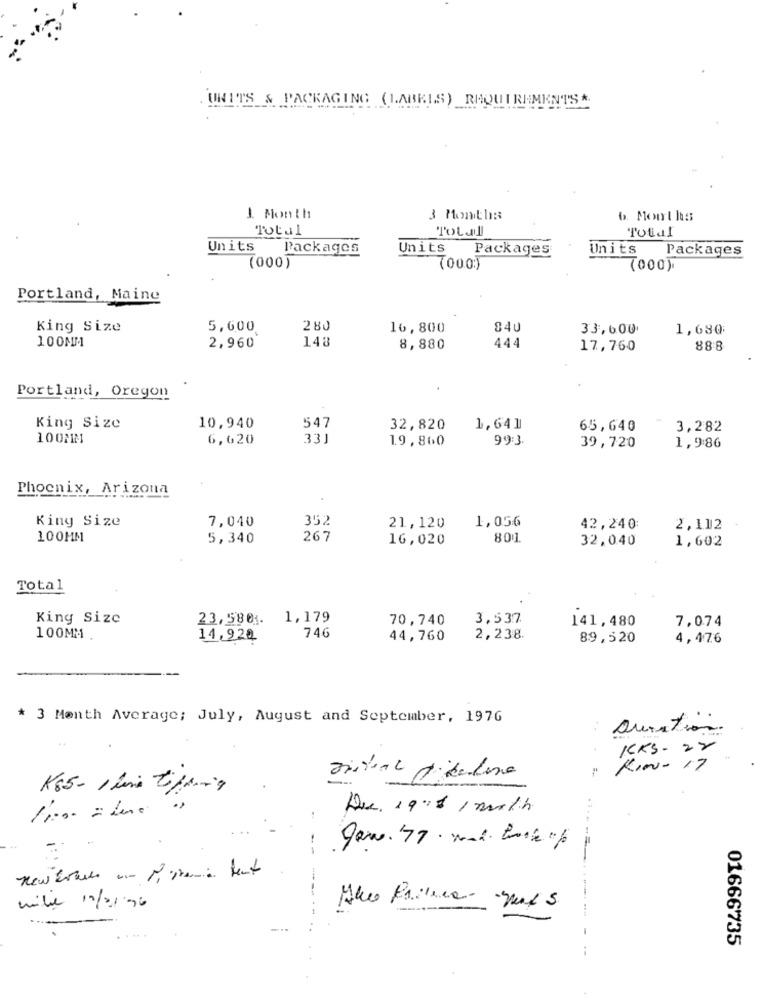
UNITS & PACKAGING (LABELS) REQUIREMENTS*
1 Month
3 Months
6 Months
Total
Total
Total
Units Packages
Units Packages
Units Packages
(000)
(00.0)
Portland, Maine
King Size
5,600
280
16,800
840
33,600
1,680
100NM
148
2,960
8,880
44
17,760
888
Portland, Oregon
King Size
10,940
547
32,820
1,641
65,640
3,282
100:M
6,620
331
19,860
993
39,720
1,9:86
Phoenix, Arizona
King Size
7,040
352
1,056
21,120
42,240:
2,112
100MM
5,340
267
16,020
800
32,040
1,602
Total
King Size
23,5801. 1,179
70,740
3,537
141,480
7,074
100MM.
11,920
746
44,760
2,238.
89,520
4,476
* 3 Month Average; July, August and September, 1976
Duration
..
ICKS - 27
Kin- 17
K85- 1 bis tilling
Dec. 198 1 milih
mile 11/2/96
01666735